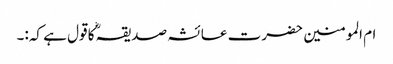
ام المومنین حضرت عائشہ صدیقہؓ کا قول ہے کہ:۔